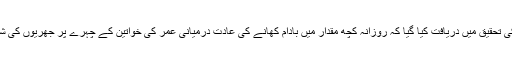
امریکہ کی کیلیفورنیا یونیورسٹی (یو سی) کی تحقیق میں دریافت کیا گیا کہ روزانہ کچھ مقدار میں بادام کھانے کی عادت درمیانی عمر کی خواتین کے چہرے پر جھریوں کی شدت میں کمی لانے میں مدد دے سکتی ہے۔